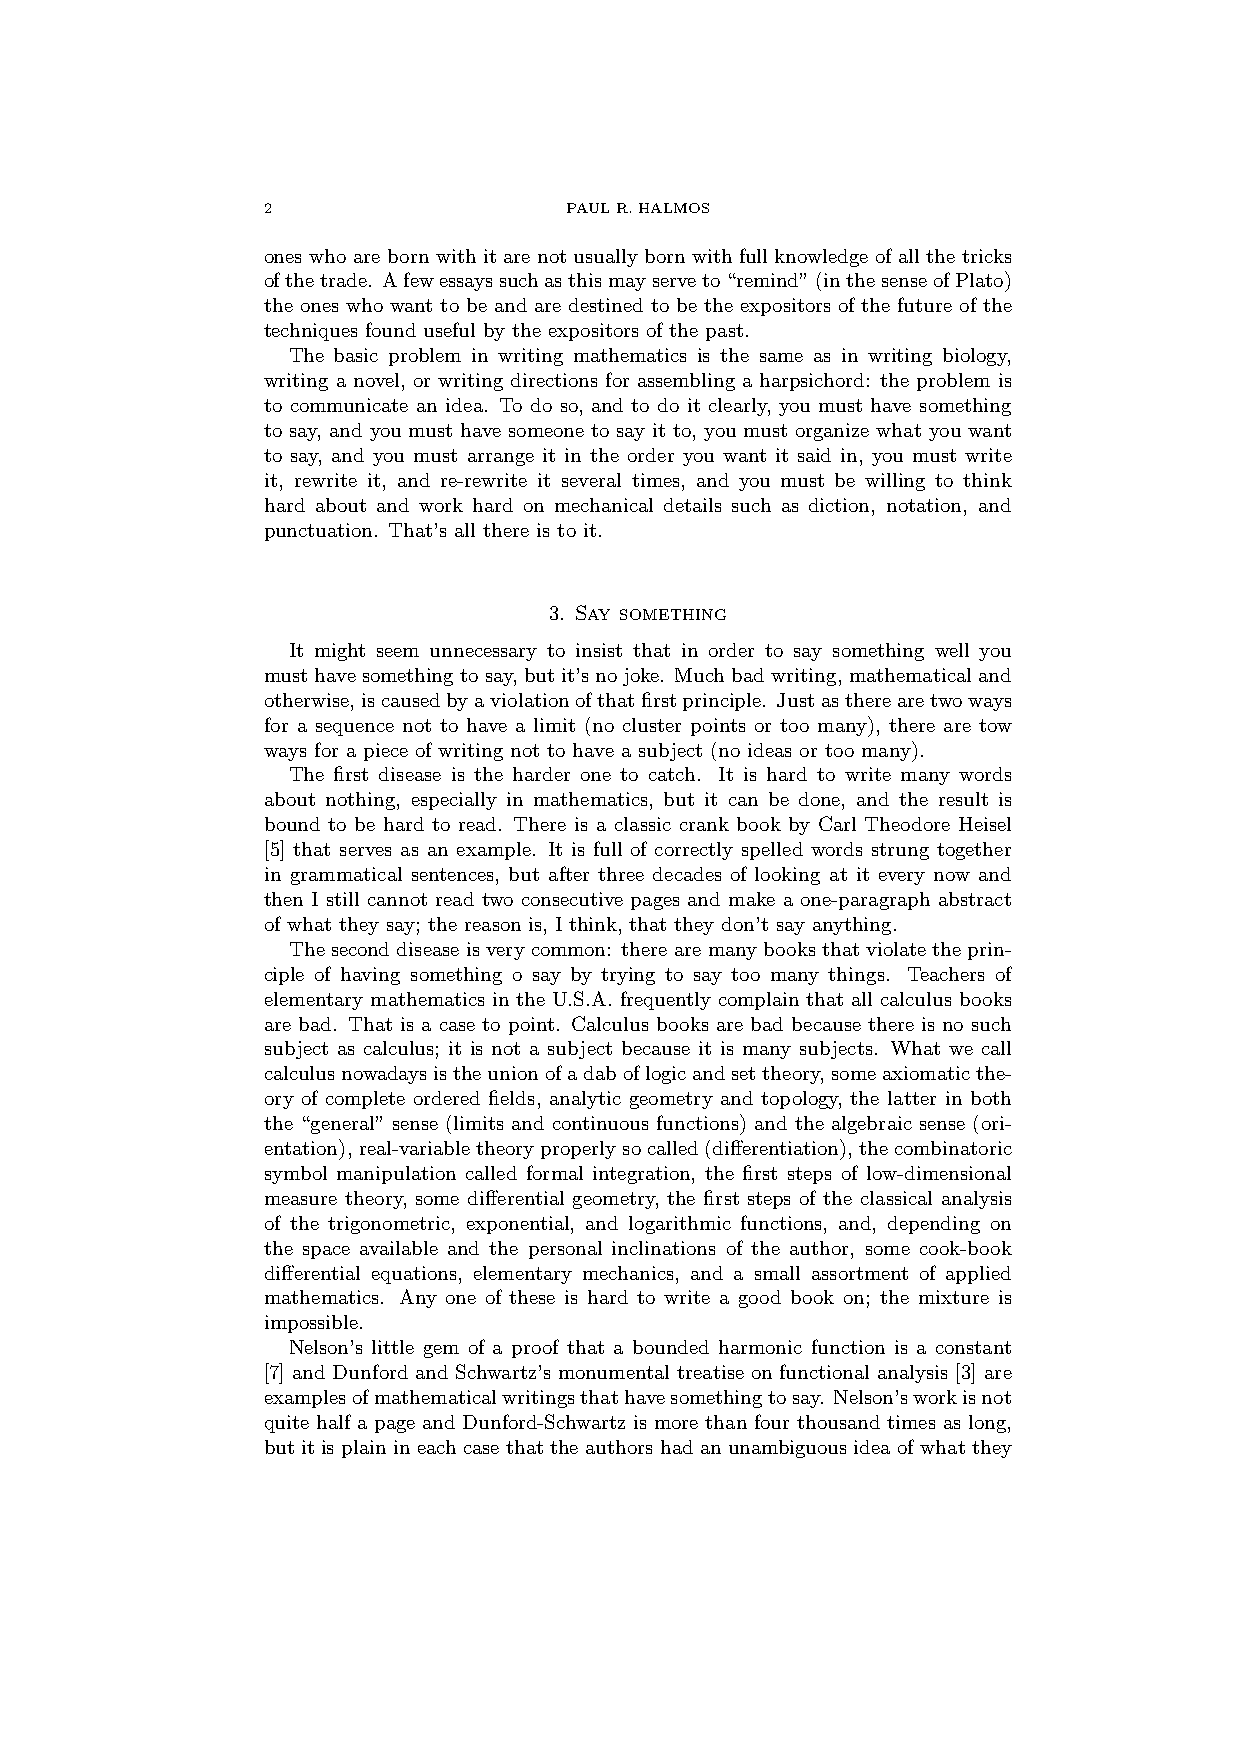
2                   PAULR.HALMOS
 ones who are born with it are not usually born with full knowledge of all the tricks
 ofthetrade. Afewessayssuchasthismayserveto“remind”(inthesenseofPlato)
 the ones who want to be and are destined to be the expositors of the future of the
 techniques found useful by the expositors of the past.
 The basic problem in writing mathematics is the same as in writing biology,
 writing a novel, or writing directions for assembling a harpsichord: the problem is
 to communicate an idea. To do so, and to do it clearly, you must have something
 to say, and you must have someone to say it to, you must organize what you want
 to say, and you must arrange it in the order you want it said in, you must write
 it, rewrite it, and re-rewrite it several times, and you must be willing to think
 hard about and work hard on mechanical details such as diction, notation, and
 punctuation. That’s all there is to it.
 3. Say something
 It might seem unnecessary to insist that in order to say something well you
 musthavesomethingtosay, butit’snojoke. Muchbadwriting, mathematicaland
 otherwise,iscausedbyaviolationofthatfirstprinciple. Justastherearetwoways
 for a sequence not to have a limit (no cluster points or too many), there are tow
 ways for a piece of writing not to have a subject (no ideas or too many).
 The first disease is the harder one to catch. It is hard to write many words
 about nothing, especially in mathematics, but it can be done, and the result is
 bound to be hard to read. There is a classic crank book by Carl Theodore Heisel
 [5] that serves as an example. It is full of correctly spelled words strung together
 in grammatical sentences, but after three decades of looking at it every now and
 then I still cannot read two consecutive pages and make a one-paragraph abstract
 of what they say; the reason is, I think, that they don’t say anything.
 Theseconddiseaseisverycommon: therearemanybooksthatviolatetheprin-
 ciple of having something o say by trying to say too many things. Teachers of
 elementary mathematics in the U.S.A. frequently complain that all calculus books
 are bad. That is a case to point. Calculus books are bad because there is no such
 subject as calculus; it is not a subject because it is many subjects. What we call
 calculusnowadaysistheunionofadaboflogicandsettheory,someaxiomaticthe-
 ory of complete ordered fields, analytic geometry and topology, the latter in both
 the “general” sense (limits and continuous functions) and the algebraic sense (ori-
 entation),real-variabletheoryproperlysocalled(differentiation),thecombinatoric
 symbol manipulation called formal integration, the first steps of low-dimensional
 measure theory, some differential geometry, the first steps of the classical analysis
 of the trigonometric, exponential, and logarithmic functions, and, depending on
 the space available and the personal inclinations of the author, some cook-book
 differential equations, elementary mechanics, and a small assortment of applied
 mathematics. Any one of these is hard to write a good book on; the mixture is
 impossible.
 Nelson’s little gem of a proof that a bounded harmonic function is a constant
 [7] and Dunford and Schwartz’s monumental treatise on functional analysis [3] are
 examplesofmathematicalwritingsthathavesomethingtosay. Nelson’sworkisnot
 quite half a page and Dunford-Schwartz is more than four thousand times as long,
 but it is plain in each case that the authors had an unambiguous idea of what they